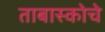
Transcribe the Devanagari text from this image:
ताबास्कोचे